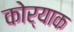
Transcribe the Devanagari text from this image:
कोर्याक